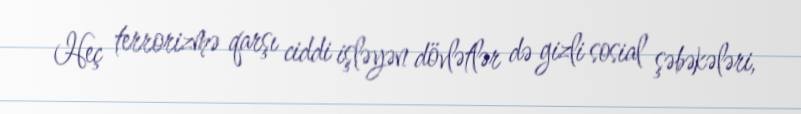
Heç terrorizmə qarşı ciddi işləyən dövlətlər də gizli sosial şəbəkələri,